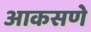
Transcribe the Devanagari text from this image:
आकसणे